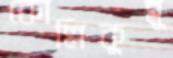
কোল্লিকুন্নু